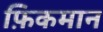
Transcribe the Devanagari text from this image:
फ़िकमान